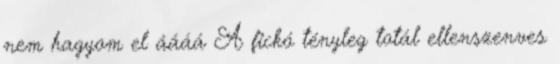
nem hagyom el áááá A fickó tényleg totál ellenszenves